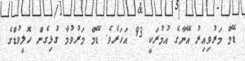
ޑޭމް މަރުވިއިރު އޭނާގެ އުމުރަކީ 93 އަހަރެވެ. ޑޭމް މަރުވުމާ ގުޅިގެން ހޮލީވުޑްގެ